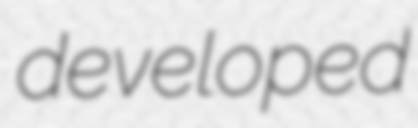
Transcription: developed